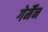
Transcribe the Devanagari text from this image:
गेर्मैन